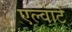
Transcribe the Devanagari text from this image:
एल्वार्ट